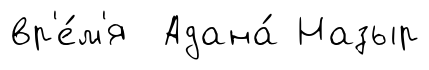
вр'е́м'я Адана́ Назыр